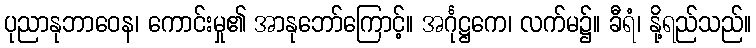
ပုညာနုဘာဝေန၊ ကောင်းမှု၏ အာနုဘော်ကြောင့်။ အင်္ဂုဋ္ဌကေ၊ လက်မ၌။ ခီရံ၊ နို့ရည်သည်။